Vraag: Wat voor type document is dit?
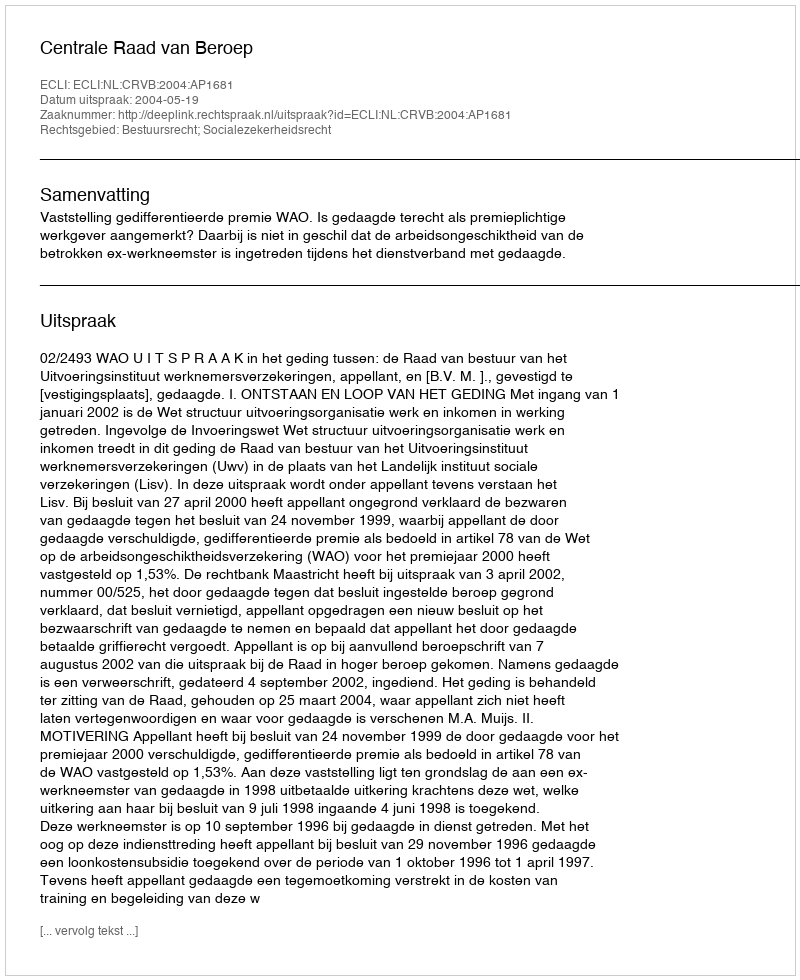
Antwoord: Uitspraak